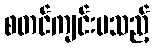
စတင်ကျင်းပသည့်